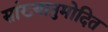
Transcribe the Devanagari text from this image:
सांख्यानुमोदित